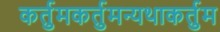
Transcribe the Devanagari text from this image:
कर्तुमकर्तुमन्यथाकर्तुम